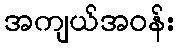
အကျယ်အဝန်း